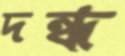
দন্ধ